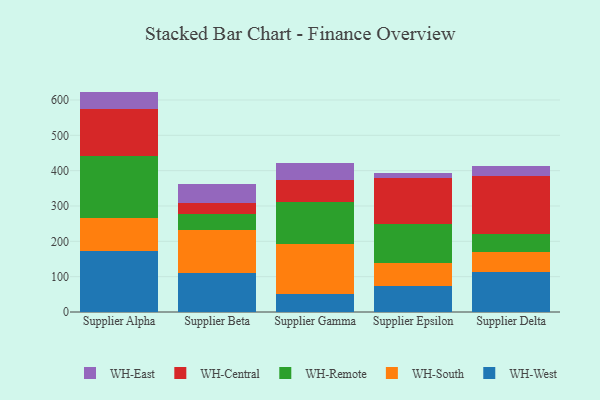
{"axis": {"x": "Supplier", "y": "Customer Acquisition Cost (USD)"}, "legend": ["WH-Central", "WH-East", "WH-Remote", "WH-South", "WH-West"], "data": [{"x": "Supplier Alpha", "y": 173.3, "type": "WH-West"}, {"x": "Supplier Alpha", "y": 91.7, "type": "WH-South"}, {"x": "Supplier Alpha", "y": 177.9, "type": "WH-Remote"}, {"x": "Supplier Alpha", "y": 131.8, "type": "WH-Central"}, {"x": "Supplier Alpha", "y": 49.1, "type": "WH-East"}, {"x": "Supplier Beta", "y": 110.7, "type": "WH-West"}, {"x": "Supplier Beta", "y": 121.2, "type": "WH-South"}, {"x": "Supplier Beta", "y": 45.0, "type": "WH-Remote"}, {"x": "Supplier Beta", "y": 31.5, "type": "WH-Central"}, {"x": "Supplier Beta", "y": 54.3, "type": "WH-East"}, {"x": "Supplier Gamma", "y": 51.0, "type": "WH-West"}, {"x": "Supplier Gamma", "y": 141.5, "type": "WH-South"}, {"x": "Supplier Gamma", "y": 118.9, "type": "WH-Remote"}, {"x": "Supplier Gamma", "y": 61.9, "type": "WH-Central"}, {"x": "Supplier Gamma", "y": 48.7, "type": "WH-East"}, {"x": "Supplier Epsilon", "y": 74.0, "type": "WH-West"}, {"x": "Supplier Epsilon", "y": 65.6, "type": "WH-South"}, {"x": "Supplier Epsilon", "y": 109.0, "type": "WH-Remote"}, {"x": "Supplier Epsilon", "y": 131.1, "type": "WH-Central"}, {"x": "Supplier Epsilon", "y": 13.5, "type": "WH-East"}, {"x": "Supplier Delta", "y": 112.5, "type": "WH-West"}, {"x": "Supplier Delta", "y": 57.8, "type": "WH-South"}, {"x": "Supplier Delta", "y": 50.9, "type": "WH-Remote"}, {"x": "Supplier Delta", "y": 164.7, "type": "WH-Central"}, {"x": "Supplier Delta", "y": 27.7, "type": "WH-East"}]}